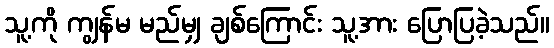
သူ့ကို ကျွန်မ မည်မျှ ချစ်ကြောင်း သူ့အား ပြောပြခဲ့သည်။